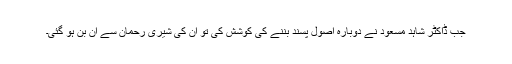
جب ڈاکٹر شاہد مسعود نے دوبارہ اصول پسند بننے کی کوشش کی تو ان کی شیری رحمان سے ان بن ہو گئی۔